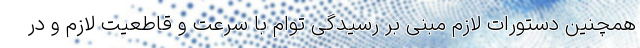
همچنین ‌دستورات لازم مبنی بر رسیدگی توام با سرعت و قاطعیت لازم و در